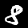
Label: 8